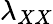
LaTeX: \lambda_{XX}